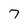
Character: 7